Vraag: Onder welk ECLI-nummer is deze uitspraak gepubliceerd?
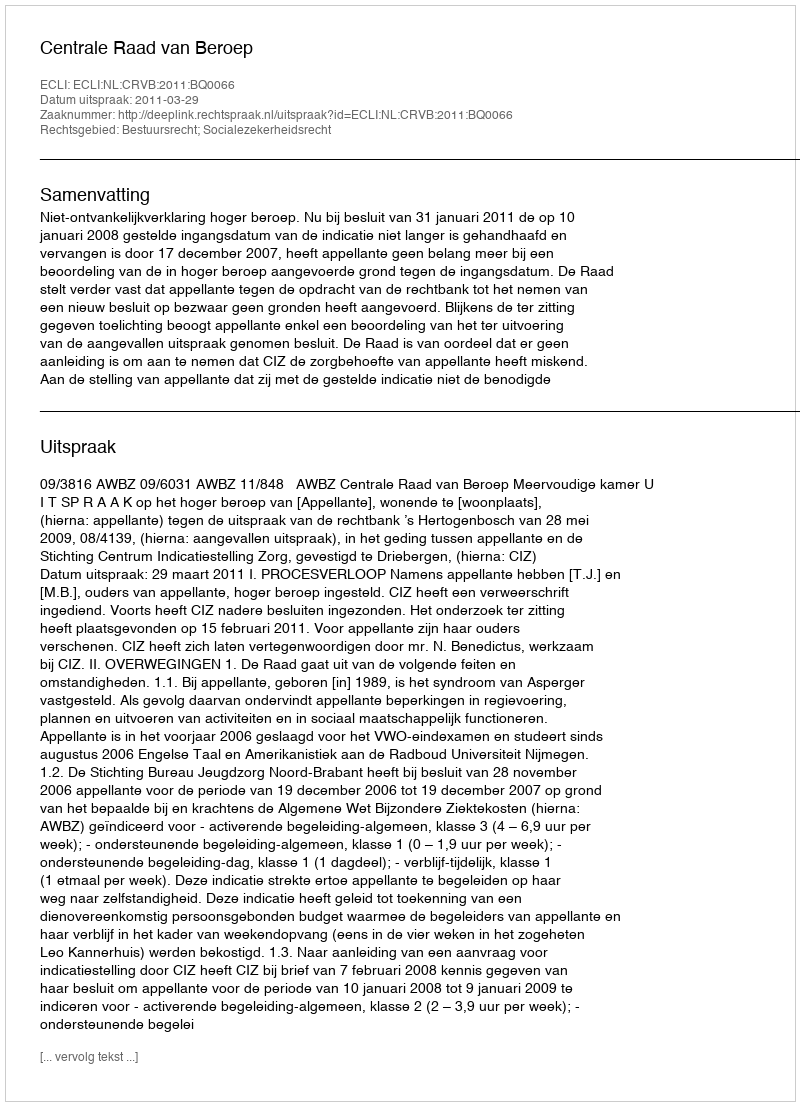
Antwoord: ECLI:NL:CRVB:2011:BQ0066